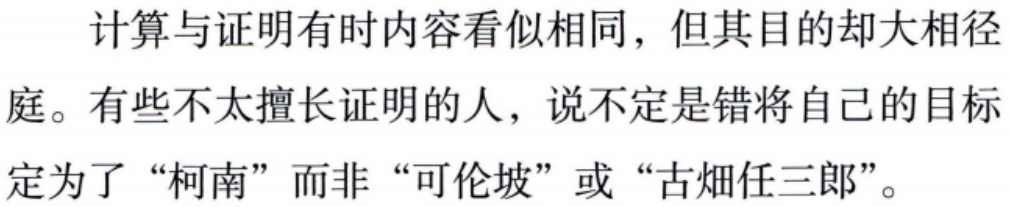
计算与证明有时内容看似相同，但其目的却大相径

庭。有些不太擅长证明的人，说不定是错将自己的目标

定为了“柯南”而非“可伦坡”或“古畑任三郎”。